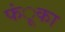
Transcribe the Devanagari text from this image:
फंूका